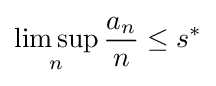
\limsup _{n}{\frac {a_{n}}{n}}\leq s^{*}